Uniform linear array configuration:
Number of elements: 8
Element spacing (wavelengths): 1
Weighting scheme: hann
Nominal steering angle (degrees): -60
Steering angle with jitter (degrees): -60.12
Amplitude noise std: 0.05
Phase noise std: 0.05

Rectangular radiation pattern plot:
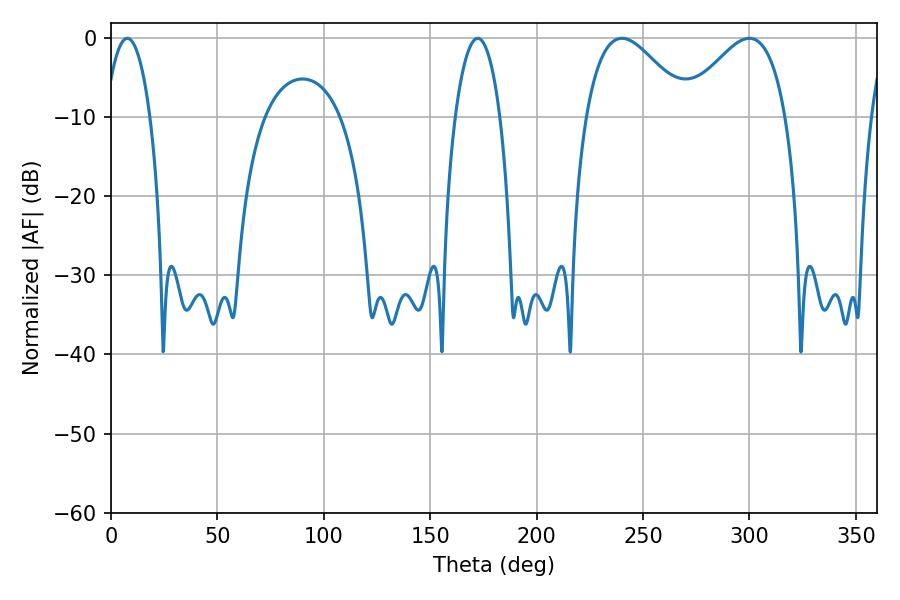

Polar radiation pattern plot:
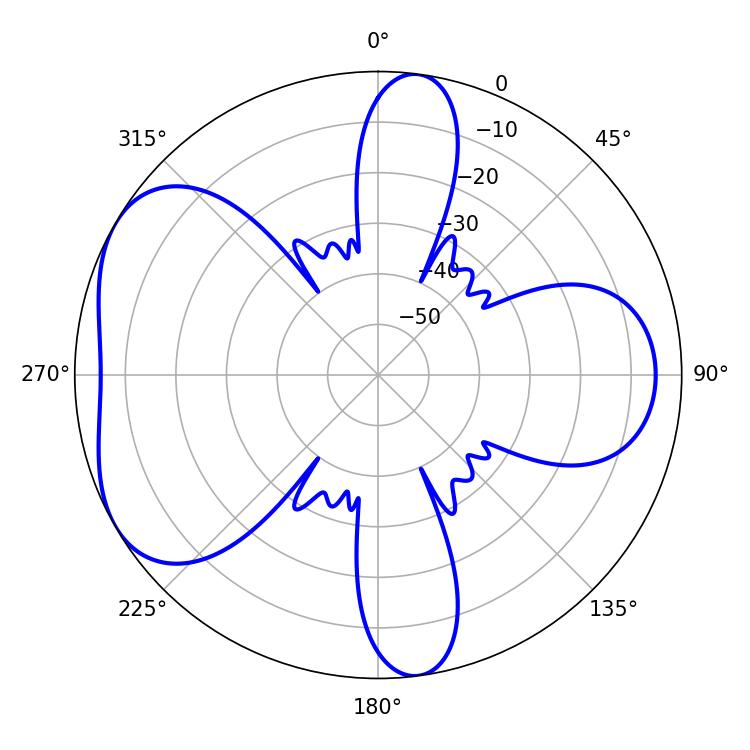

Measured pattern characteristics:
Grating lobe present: TRUE
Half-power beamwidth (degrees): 25.92
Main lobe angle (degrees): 240.12